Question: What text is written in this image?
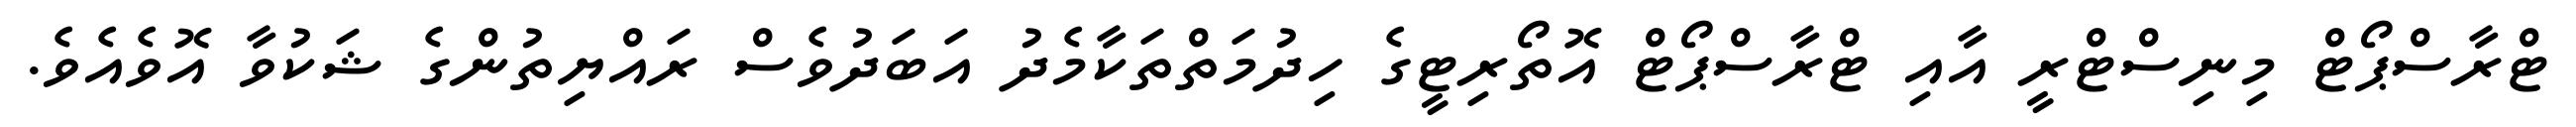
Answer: ޓްރާސްޕޯޓް މިނިސްޓްރީ އާއި ޓްރާސްޕޯޓް އޮތޯރިޓީގެ ހިދުމަތްތަކާމެދު އަބަދުވެސް ރައްޔިތުންގެ ޝަކުވާ އޮވެއެވެ.